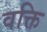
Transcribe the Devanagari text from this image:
वक्ति